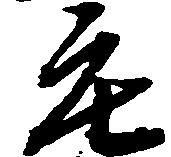
庄